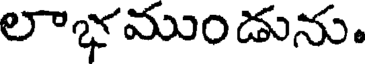
లాభముండును.